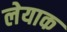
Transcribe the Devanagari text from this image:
लेयाक